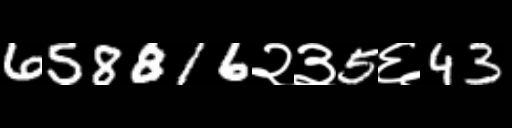
Text: 658816२३5६43